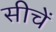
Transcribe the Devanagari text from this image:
सीचें